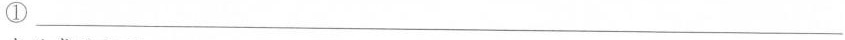
①___